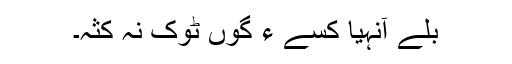
بلے آنہیا کسّے ءَ گوں ٹوک نہ کثہ۔